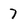
Character: 7